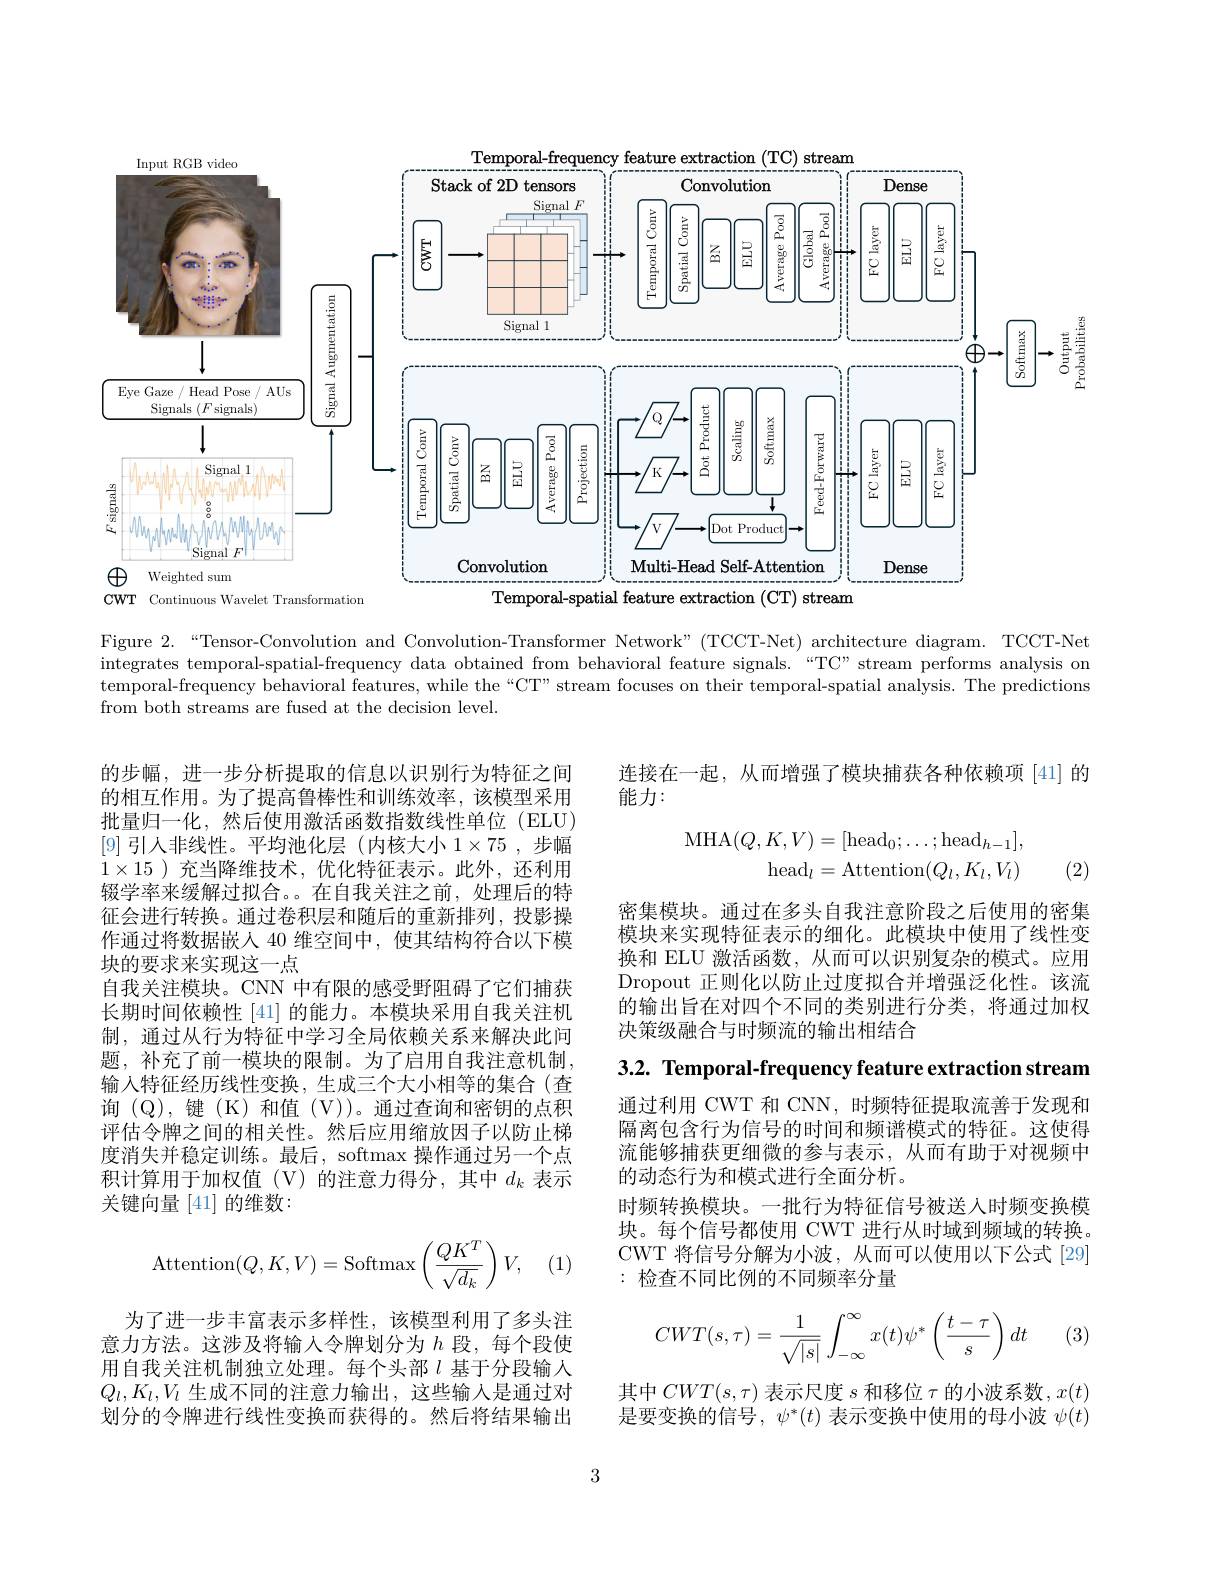
<FigureHere>

Figure 2.“Tensor-Convolution and Convolution-Transformer Network"(TCCT-Net) architecture diagram. TCCT-Net integrates temporal-spatial-frequency data obtained from behavioral feature signals.“TC”stream performs analysis on temporal-frequency behavioral features, while the“C'' stream focuses on their temporal-spatial analysis. The predictions from both streams are fused at the decision level.

连接在一起，从而增强了模块捕获各种依赖项[41]的
能力：
$$\begin{aligned}\mathrm{MHA}(Q,K,V)&=[\mathrm{head}_0;\dots;\mathrm{head}_{h-1}],\\\mathrm{head}_l&=\mathrm{Attention}(Q_l,K_l,V_l)\end{aligned}$$
(2)

密集模块。通过在多头自我注意阶段之后使用的密集模块来实现特征表示的细化。此模块中使用了线性变换和 ELU 激活函数，从而可以识别复杂的模式。应用Dropout 正则化以防止过度拟合并增强泛化性。该流的输出旨在对四个不同的类别进行分类，将通过加权决策级融合与时频流的输出相结合

的步幅，进一步分析提取的信息以识别行为特征之间的相互作用。为了提高鲁棒性和训练效率，该模型采用批量归一化，然后使用激活函数指数线性单位 (ELU) [9]引人非线性。平均池化层(内核大小$1\times75$ ,步幅$1\times15$ )充当降维技术，优化特征表示。此外，还利用辍学率来缓解过拟合。。在自我关注之前，处理后的特征会进行转换。通过卷积层和随后的重新排列，投影操作通过将数据嵌人 40 维空间中，使其结构符合以下模块的要求来实现这一点
自我关注模块。CNN 中有限的感受野阻碍了它们捕获长期时间依赖性 [41] 的能力。本模块采用自我关注机制，通过从行为特征中学习全局依赖关系来解决此问题，补充了前一模块的限制。为了启用自我注意机制， 输入特征经历线性变换，生成三个大小相等的集合(查询(Q),键(K)和值(V))。通过查询和密钥的点积评估令牌之间的相关性。然后应用缩放因子以防止梯度消失并稳定训练。最后，softmax 操作通过另一个点积计算用于加权值(V)的注意力得分，其中$d_k$ 表示关键向量[41]的维数：

3.2. Temporal-frequency feature extraction stream

通过利用 CWT 和 CNN, 时频特征提取流善于发现和隔离包含行为信号的时间和频谱模式的特征。这使得流能够捕获更细微的参与表示，从而有助于对视频中的动态行为和模式进行全面分析。
时频转换模块。一批行为特征信号被送人时频变换模块。每个信号都使用 CWT 进行从时域到频域的转换。CWT 将信号分解为小波，从而可以使用以下公式[29] :检查不同比例的不同频率分量
$$\text{Attention}(Q,K,V)=\text{Softmax}\left(\frac{QK^T}{\sqrt{d_k}}\right)V,$$
(1)

(3)
$$CWT(s,\tau)=\dfrac{1}{\sqrt{|s|}}\int_{-\infty}^{\infty}x(t)\psi^*\left(\dfrac{t-\tau}{s}\right)dt$$
为了进一步丰富表示多样性，该模型利用了多头注意力方法。这涉及将输入令牌划分为$h$ 段，每个段使用自我关注机制独立处理。每个头部$l$ 基于分段输人$Q_l,K_l,V_l$生成不同的注意力输出，这些输入是通过对划分的令牌进行线性变换而获得的。然后将结果输出

其中$CWT(s,\tau)$表示尺度$s$和移位$\tau$的小波系数$,x(t)$ 是要变换的信号，$\psi^*(t)$表示变换中使用的母小波$\psi(t)$

3